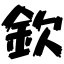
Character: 欽